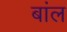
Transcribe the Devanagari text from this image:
बांल